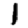
Digit: 1